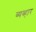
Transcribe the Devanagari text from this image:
ब्यब्हार